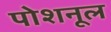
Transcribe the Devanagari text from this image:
पोशनूल